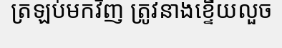
ត្រឡប់មកវិញ ត្រូវនាងខ្ទើយលួច